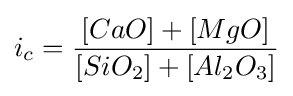
i_{c}={\frac {[CaO]+[MgO]}{[SiO_{2}]+[Al_{2}O_{3}]}}